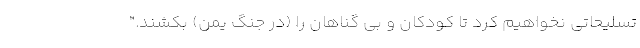
تسلیحاتی نخواهیم کرد تا کودکان و بی گناهان را (در جنگ یمن) بکُشند."